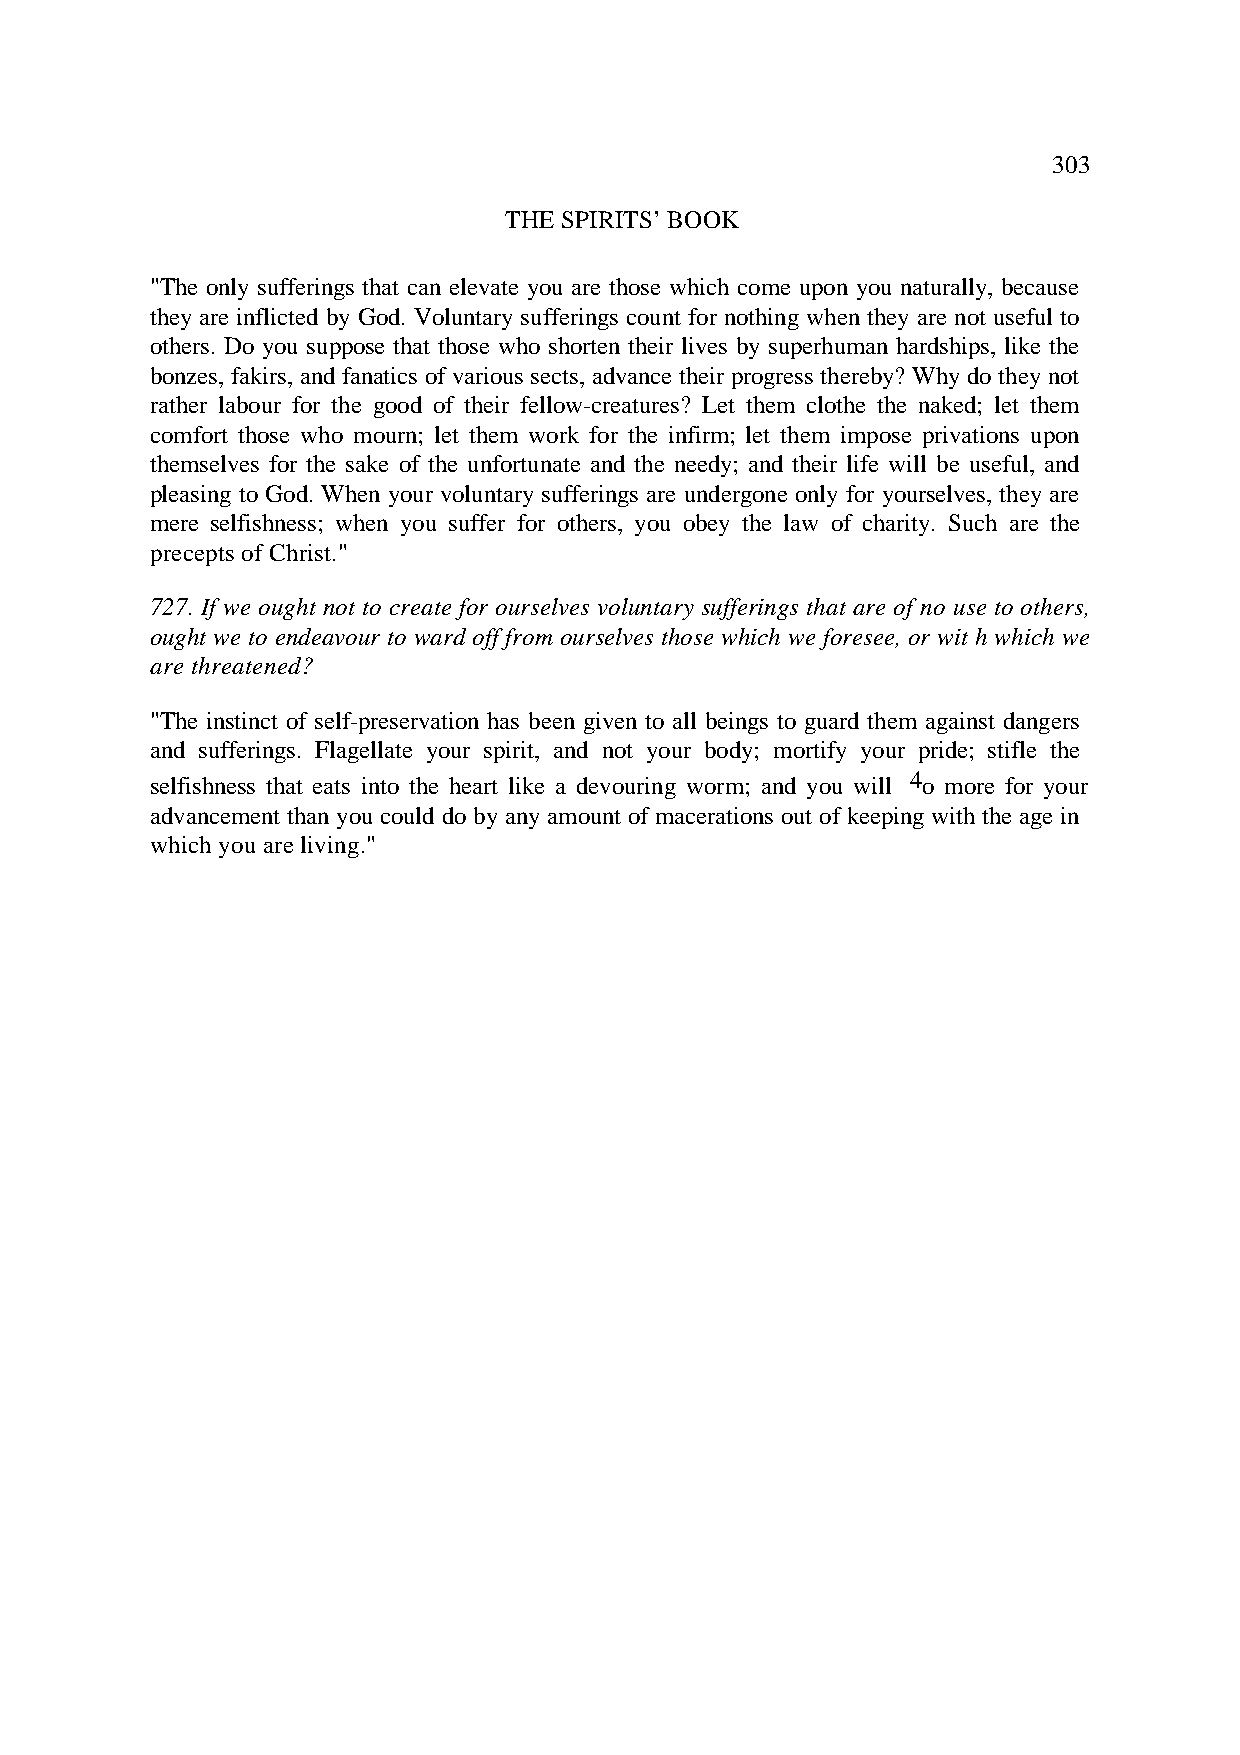
303
 THE SPIRITS’ BOOK
 "The only sufferings that can elevate you are those which come upon you naturally, because
 they are inflicted by God. Voluntary sufferings count for nothing when they are not useful to
 others. Do you suppose that those who shorten their lives by superhuman hardships, like the
 bonzes, fakirs, and fanatics of various sects, advance their progress thereby? Why do they not
 rather labour for the good of their fellow-creatures? Let them clothe the naked; let them
 comfort those who mourn; let them work for the infirm; let them impose privations upon
 themselves for the sake of the unfortunate and the needy; and their life will be useful, and
 pleasing to God. When your voluntary sufferings are undergone only for yourselves, they are
 mere selfishness; when you suffer for others, you obey the law of charity. Such are the
 precepts of Christ."
 727. If we ought not to create for ourselves voluntary sufferings that are of no use to others,
 ought we to endeavour to ward off from ourselves those which we foresee, or wit h which we
 are threatened?
 "The instinct of self-preservation has been given to all beings to guard them against dangers
 and sufferings. Flagellate your spirit, and not your body; mortify your pride; stifle the
 selfishness that eats into the heart like a devouring worm; and you will 4o more for your
 advancement than you could do by any amount of macerations out of keeping with the age in
 which you are living."